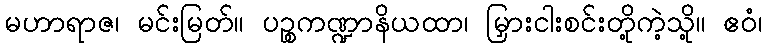
မဟာရာဇ၊ မင်းမြတ်။ ပဉ္စကဏ္ဍာနိယထာ၊ မြှားငါးစင်းတို့ကဲ့သို့။ ဧဝံ၊